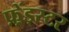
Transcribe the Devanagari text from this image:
फ़्रेंड्स्टर